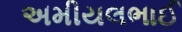
અમીયલભાઈ